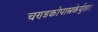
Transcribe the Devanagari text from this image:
चण्डकोपास्त्रकेर्युता।